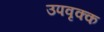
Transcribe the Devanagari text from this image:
उपवृक्क